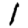
Digit: 1